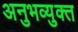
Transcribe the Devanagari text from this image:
अनुभव्युक्त